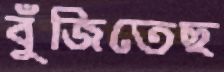
বুঁজিতেছ